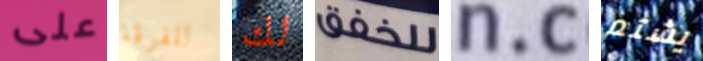
على للفرقة لك للخفق n.c يشتم